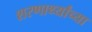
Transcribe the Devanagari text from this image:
शरणार्थ्यांच्या